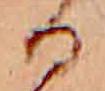
る